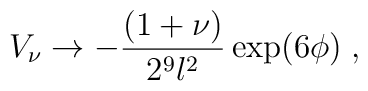
V_{\nu }\rightarrow -\frac{(1+\nu )}{2^{9}l^{2}}\exp (6\phi )\;,